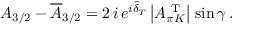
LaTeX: A _ { 3 / 2 } - \overline { { { A } } } _ { 3 / 2 } = 2 \, i \, e ^ { i \tilde { \delta } _ { T } } \, \bigl | A _ { \pi K } ^ { \mathrm { { \scriptsize ~ T } } } \bigr | \, \sin \gamma \, .